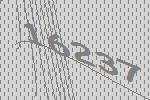
16237